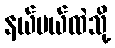
နယ်ပယ်ထဲသို့